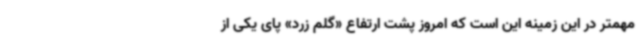
مهمتر در این زمینه این است که امروز پشت ارتفاع «گلم زرد» پای یکی از